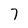
Character: 7